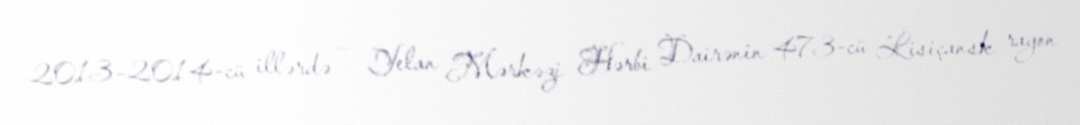
2013–2014-cü illərdə — Yelan Mərkəzi Hərbi Dairənin 473-cü Lisiçansk rayon